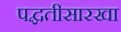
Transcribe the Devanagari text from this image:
पद्घतीसारखा